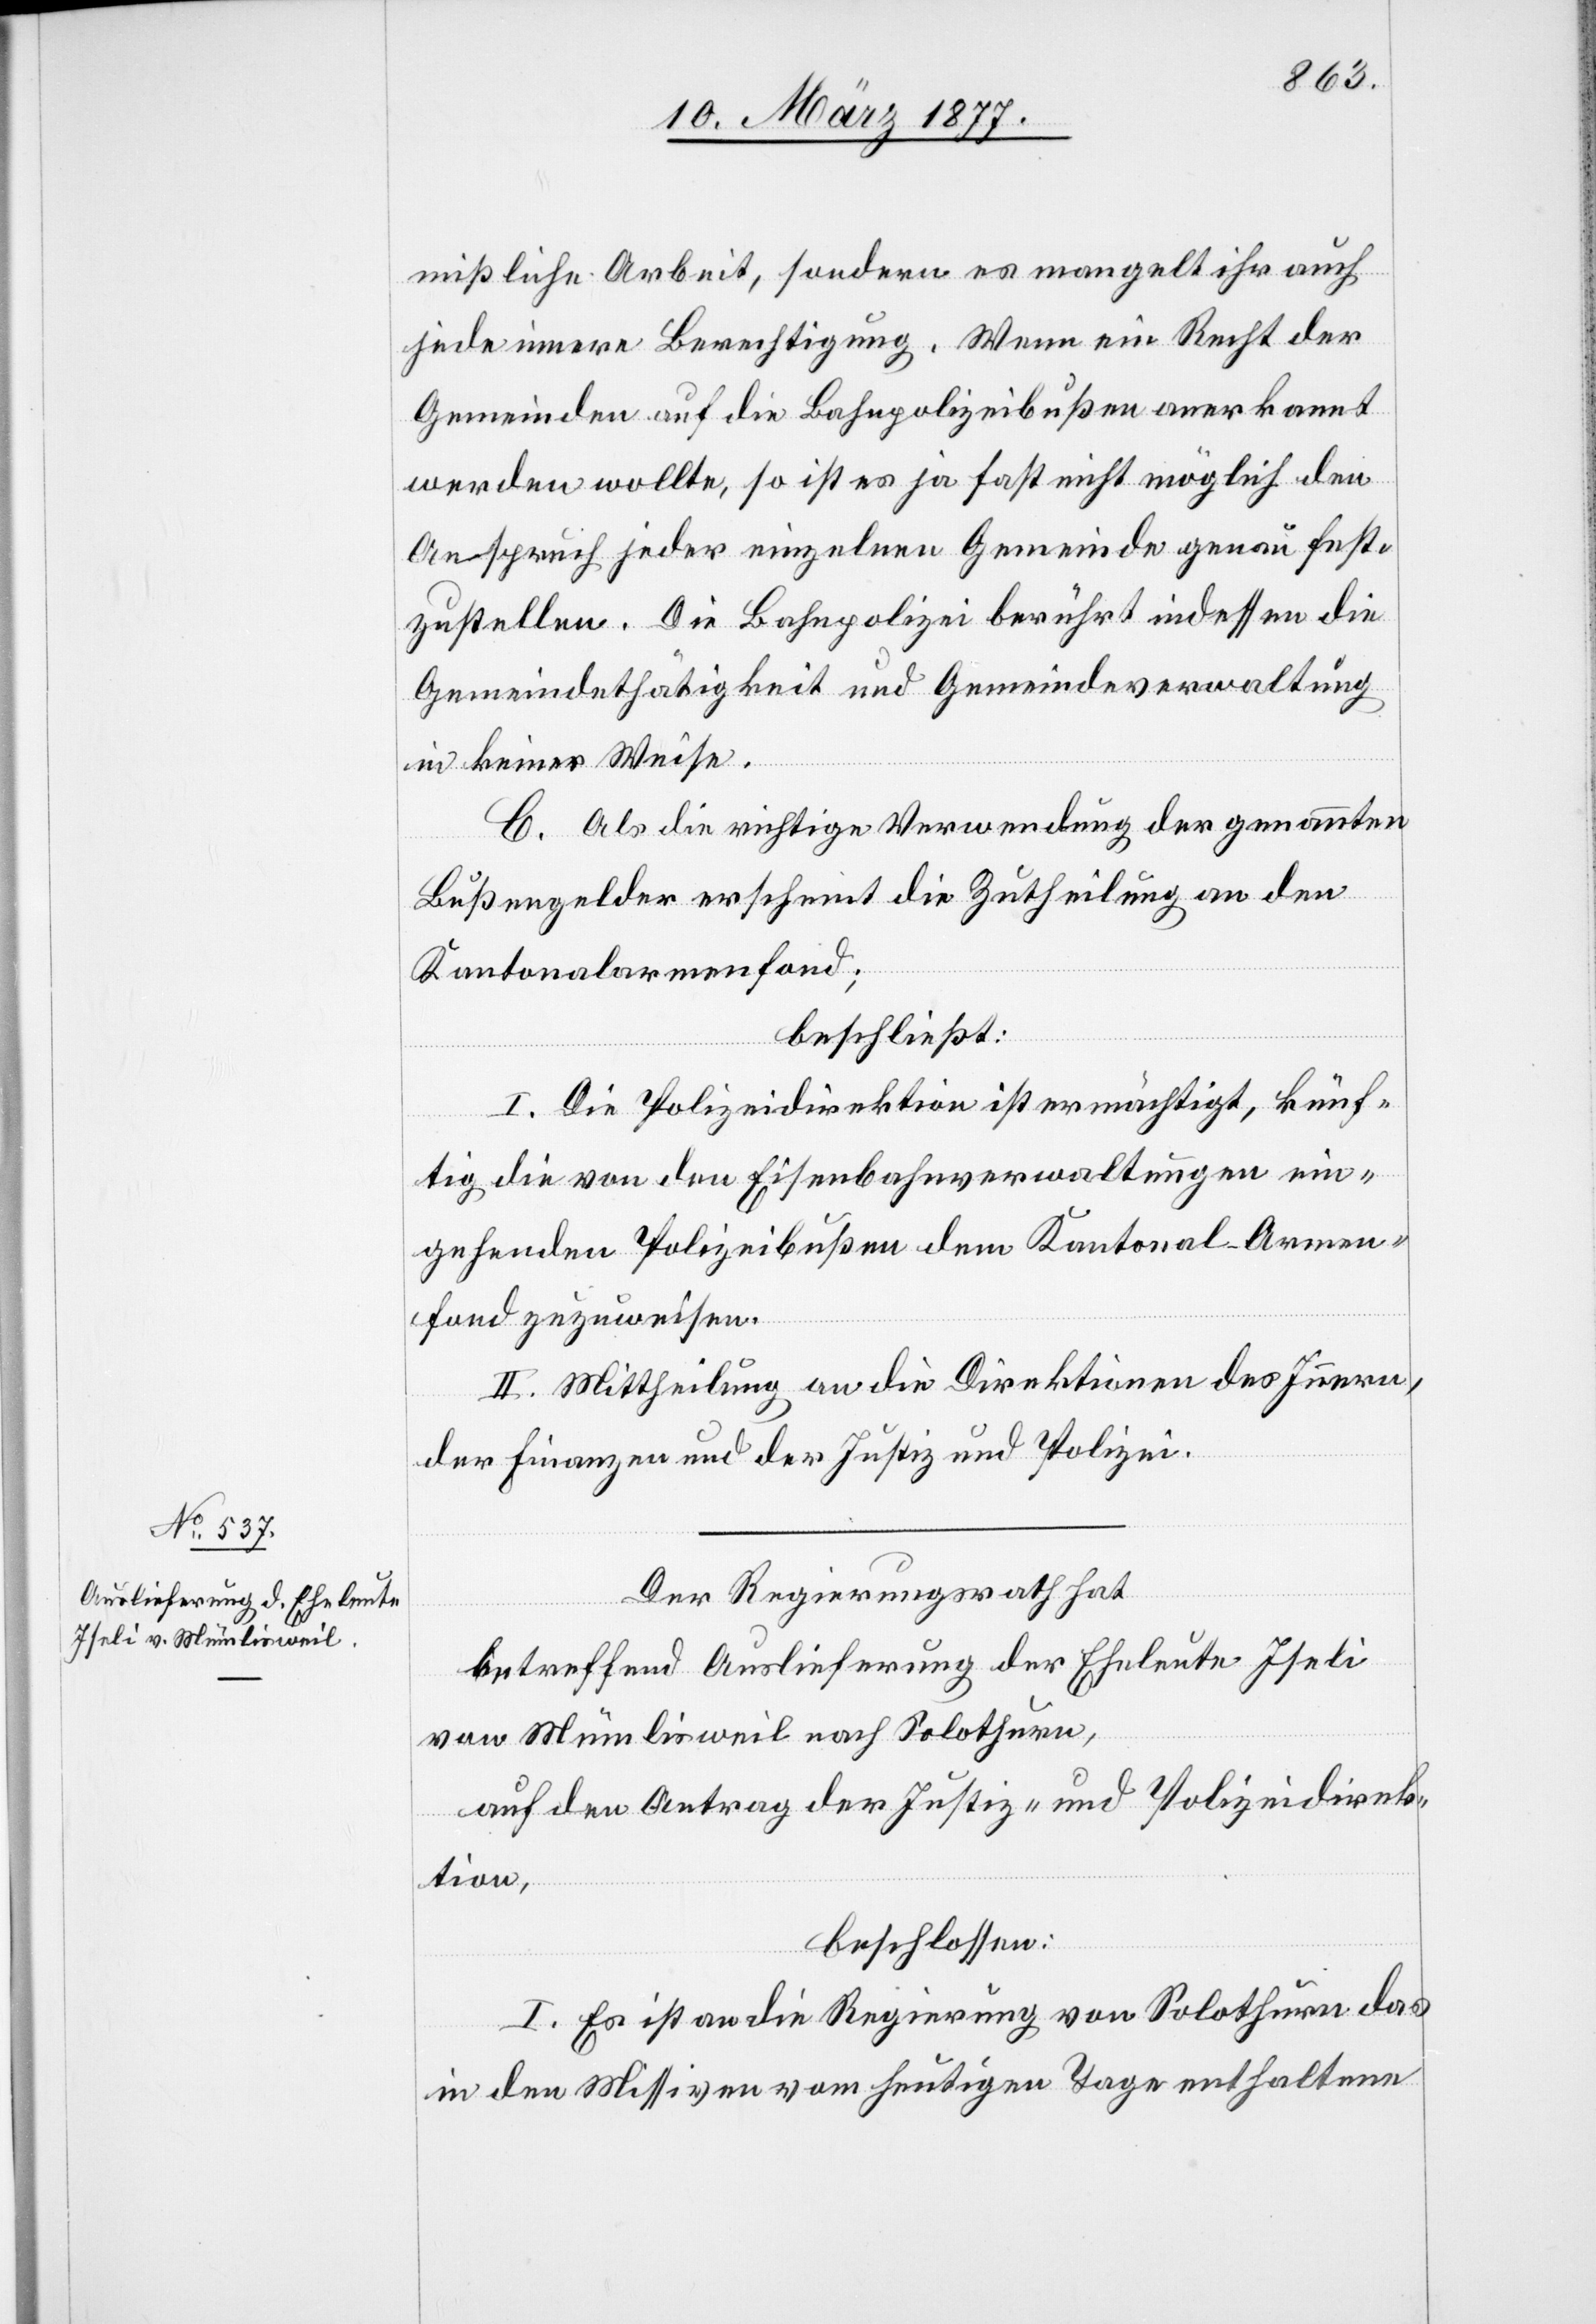
mißliche Arbeit, sondern es mangelt ihr auch
jede innere Berechtigung. Wenn ein Recht der
Gemeinden auf die Bahnpolizeibußen anerkannt
werden wollte, so ist es ja fast nicht möglich den
Anspruch jeder einzelnen Gemeinde genau fest¬
zustellen. Die Bahnpolizei berührt indessen die
Gemeindethätigkeit und Gemeindeverwaltung
in keiner Weise.
C. Als die richtige Verwendung der genannten
Bußengelder erscheint die Zutheilung an den
Kantonalarmenfond;
beschließt:
I. Die Polizeidirektion ist ermächtigt, künf¬
tig die von den Eisenbahnverwaltungen ein¬
gehenden Polizeibußen dem Kantonal-Armen¬
fond zuzuweisen.
II. Mittheilung an die Direktionen des Innern,
der Finanzen und der Justiz und Polizei.
Der Regierungsrath hat
betreffend Auslieferung der Eheleute Iseli
von Mümlisweil nach Solothurn,
auf den Antrag der Justiz- und Polizeidirek¬
tion,
beschlossen:
I. Es ist an die Regierung von Solothurn das
in den Missiven vom heutigen Tage enthaltene